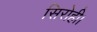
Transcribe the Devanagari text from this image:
सिरोही।